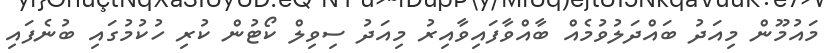
މައުމޫން މިއަދު ބައްދަލުވުމެއް ބާއްވާފައިވާއިރު މިއަދު ސިވިލް ކޯޓުން ކުރި ހުކުމުގައި ބުނެފައި